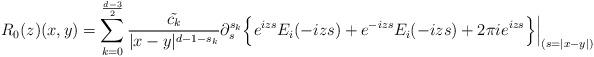
LaTeX: \begin{align*} R_0(z) (x,y) = \sum_{k=0}^{\frac{d-3}{2}} \frac{\tilde{c_k}}{ |x-y|^{d-1-s_k}} \partial_s^{s_k} \Big\{ e^{izs} E_i( - izs)+e^{-izs} E_i ( -izs) + 2 \pi i e^{iz s} \Big\}\Big|_{(s=|x-y|)} \end{align*}